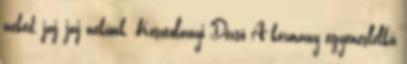
neked, jaj, jaj nekünk. Kosztolányi Dezső A kormány egyeneslelkű